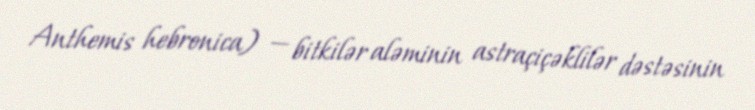
Anthemis hebronica) — bitkilər aləminin astraçiçəklilər dəstəsinin